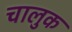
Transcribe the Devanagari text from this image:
चालुक